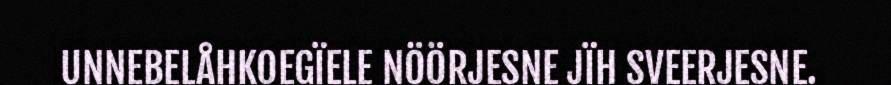
UNNEBELÅHKOEGÏELE NÖÖRJESNE JÏH SVEERJESNE.